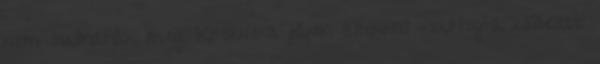
nem tudhatják meg. Kitörne a pánik azonnal –suttogta közelebb